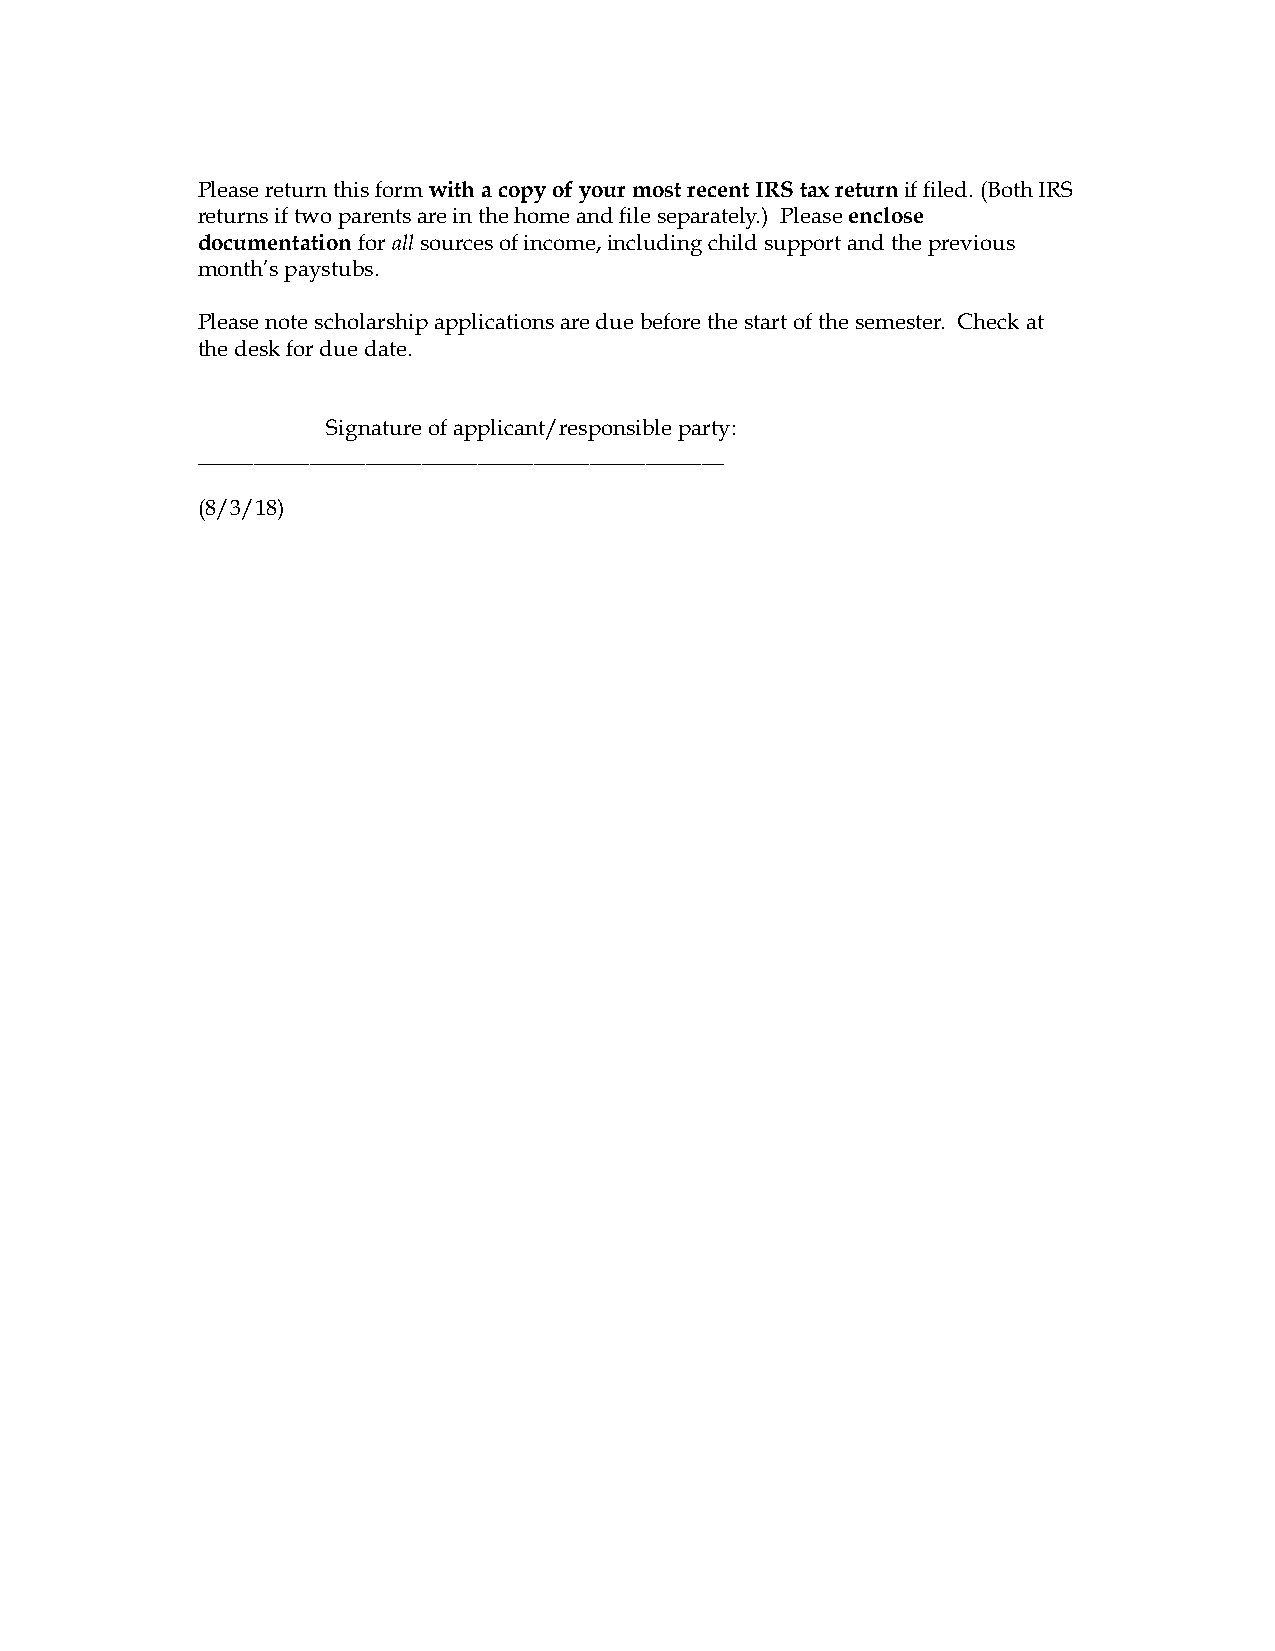
Please return this form with a copy of your most recent IRS tax return if filed. (Both IRS
 returns if two parents are in the home and file separately.) Please enclose
 documentation for all sources of income, including child support and the previous
 month’s paystubs.
 Please note scholarship applications are due before the start of the semester. Check at
 the desk for due date.
 Signature of applicant/responsible party:
 _______________________________________________
 (8/3/18)